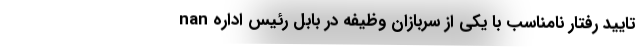
nan تایید رفتار نامناسب با یکی از سربازان وظیفه در بابل رئیس اداره